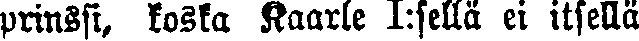
prinssi, koska Kaarle I:sellä ei itsellä